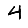
Digit: 4